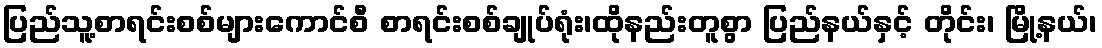
ပြည်သူ့စာရင်းစစ်များကောင်စီ စာရင်းစစ်ချုပ်ရုံး၊ထိုနည်းတူစွာ ပြည်နယ်နှင့် တိုင်း၊ မြို့နယ်၊